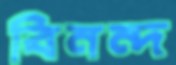
বিনন্দ